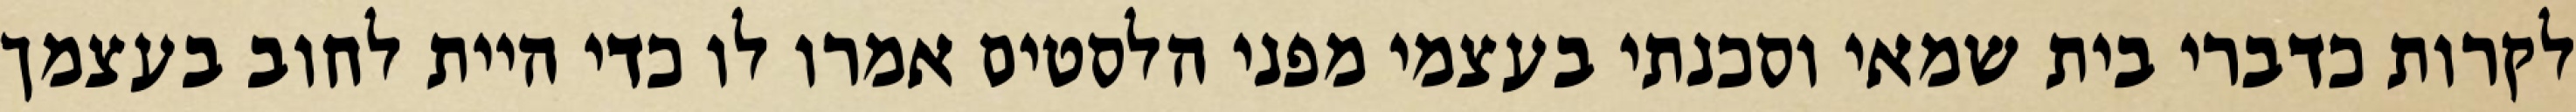
לקרות כדברי בית שמאי וסכנתי בעצמי מפני הלסטים אמרו לו כדי היית לחוב בעצמך